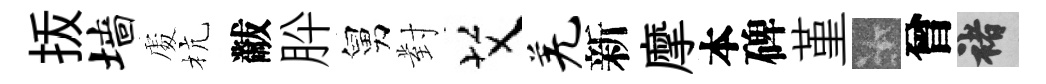
㧞墙𠁅杭黻肸舅對艾羌新摩本碑堇卡曾褚